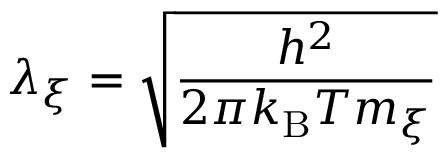
\lambda _ { \xi } = \sqrt { \frac { h ^ { 2 } } { 2 \pi k _ { \mathrm { B } } T m _ { \xi } } }